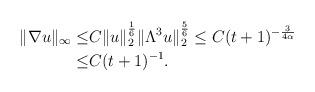
LaTeX: \begin{align*}\|\nabla u\|_{\infty}\leq& C\|u\|_{2}^{\frac{1}{6}}\|\Lambda^{3}u\|_{2}^{\frac{5}{6}} \leq C(t+1)^{-\frac{3}{4\alpha}}\\ \leq&C(t+1)^{-1}.\end{align*}